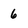
Character: 6